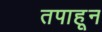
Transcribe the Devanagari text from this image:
तपाहून